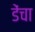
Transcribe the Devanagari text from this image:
डेंचा